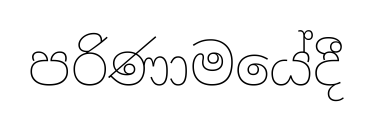
පරිණාමයේදී